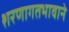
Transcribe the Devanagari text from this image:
शरणागतभावाने